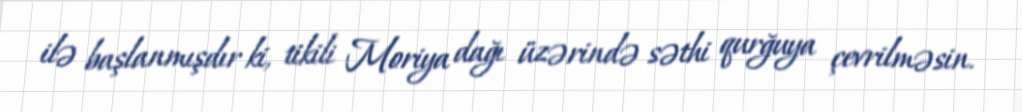
ilə başlanmışdır ki, tikili Moriya dağı üzərində səthi qurğuya çevrilməsin.